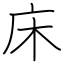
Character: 床